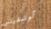
آوشفيتس